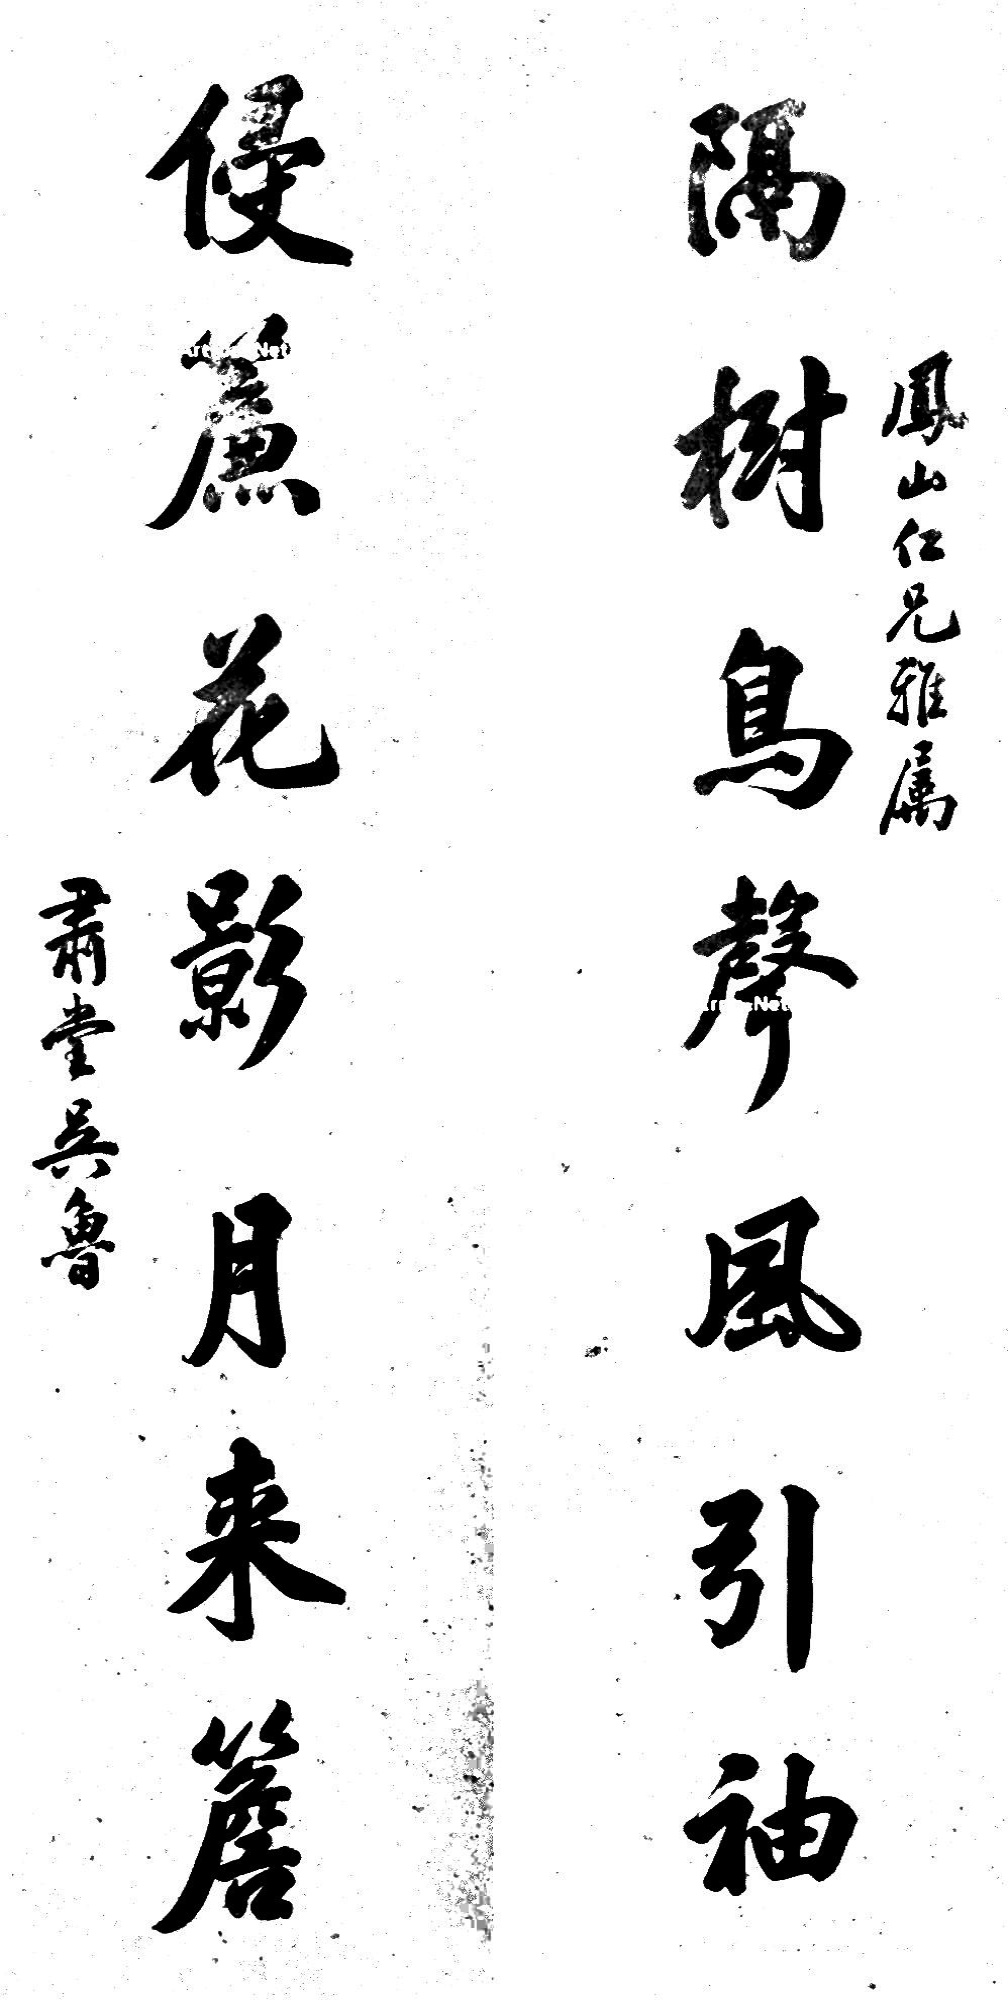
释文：隔树鸟声风引袖，侵帘花影月来檐。凤山仁兄雅属，肃堂吴鲁。